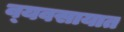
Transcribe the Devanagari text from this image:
व्‍यवसायात